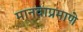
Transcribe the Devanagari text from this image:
मानवाप्रमाणे